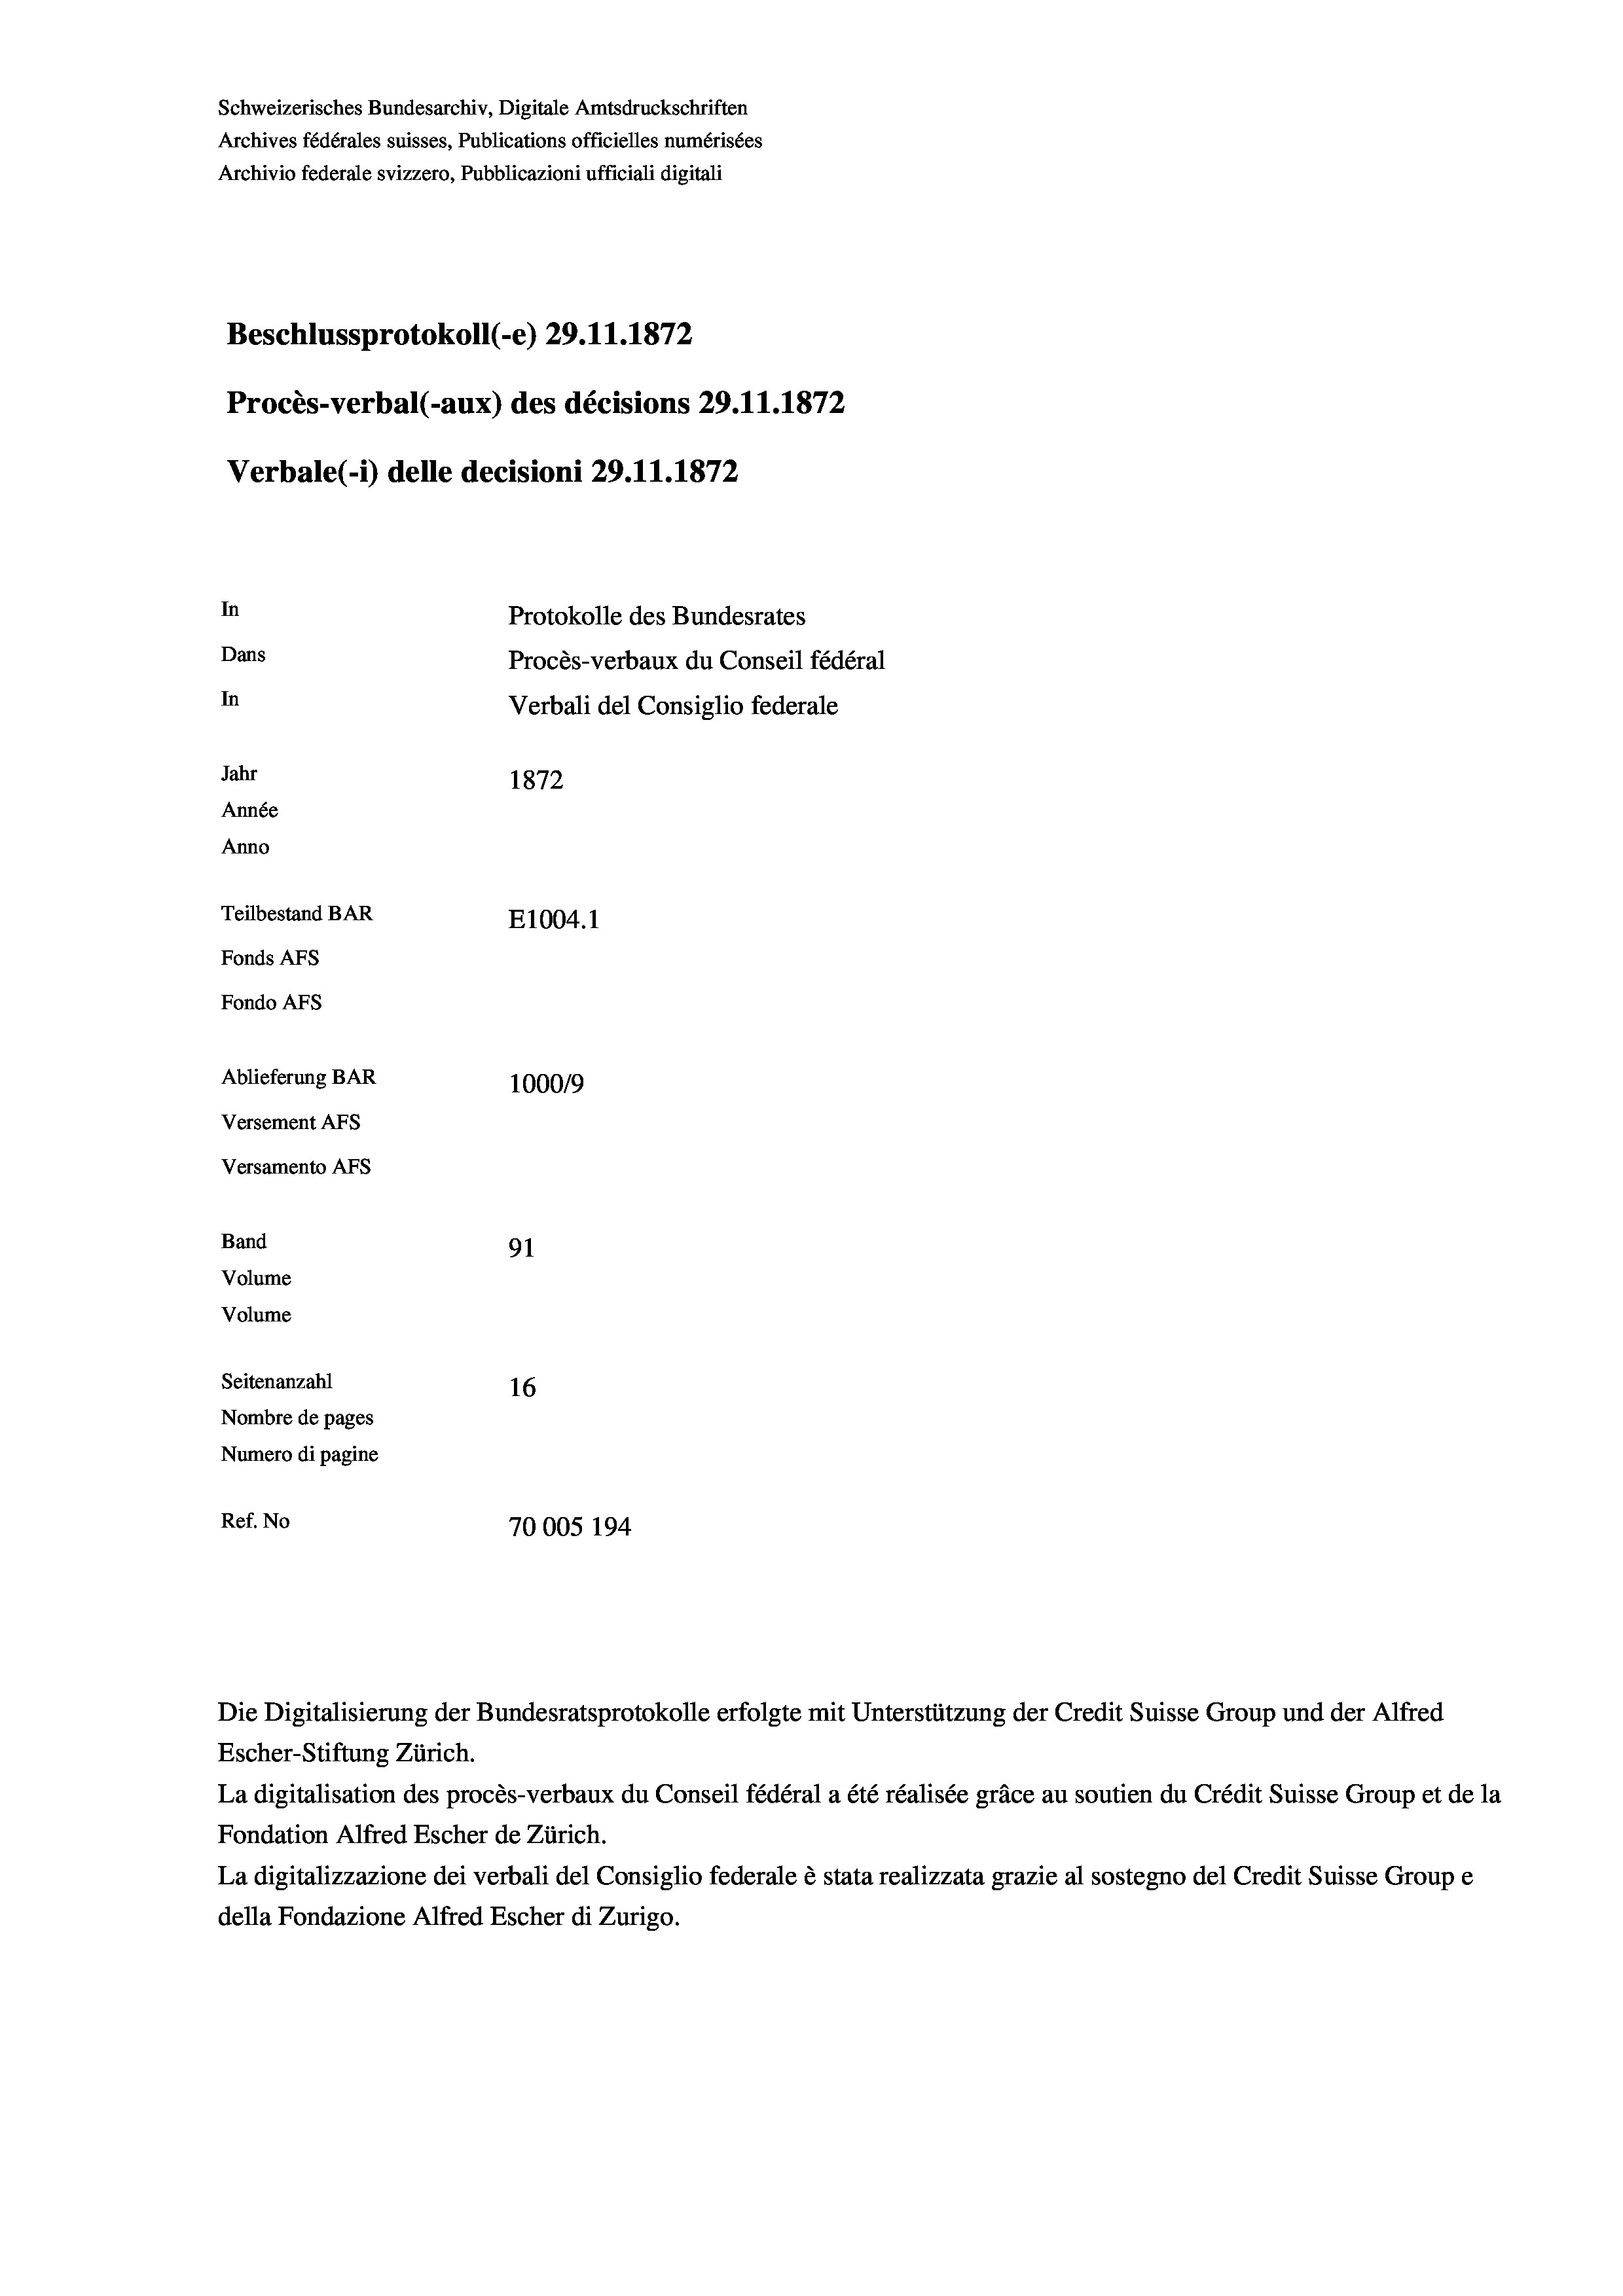
Schweizerisches Bundesarchiv, Digitale Amtsdruckschriften
Archives fédérales suisses, Publications officielles numérisées
Archivio federale svizzero, Pubblicazioni ufficiali digitali
Beschlussprotokoll (-e) 29.11.1872
Procès-verbal (-aux) des décisions 29.11.1872
Verbale (- 1) delle decisioni 29.11.1872
In
Protokolle des Bundesrates
Dans
Procès-verbaux du Conseil fédéral
In
Verbali del Consiglio federale
Jahr
1872
Année
Anno
Teilbestand BAR
E1004. 1
Fonds AFs
Fondo AFs

Ablieferung BAR
Versement Abs
Versamento AFs
Band
Volume
Volume

91
Seitenanzahl
16
Nombre de pages
Numero di pagine
Ref. No
70005 194

100019

Escher-Stiftung Zürich.
La digitalisation des procès-verbaux du Conseil fédéral a été réalisée gräce au soutien du Crédit Suisse Group et de la
Fondation Alfred Escher de Zürich.
La digitalizzazione dei verbali del Consiglio federale è stata realizzata grazie al sostegno del Credit Suisse Groupe
della Fondazione Alfred Escher di Zurigo.

Die Digitalisierung der Bundesratsprotokolle erfolgte mit Unterstützung der Credit Suisse Group und der Alfred